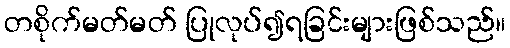
တစိုက်မတ်မတ် ပြုလုပ်၍ရခြင်းများဖြစ်သည်။